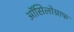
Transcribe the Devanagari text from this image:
ऑसिलोग्राफ